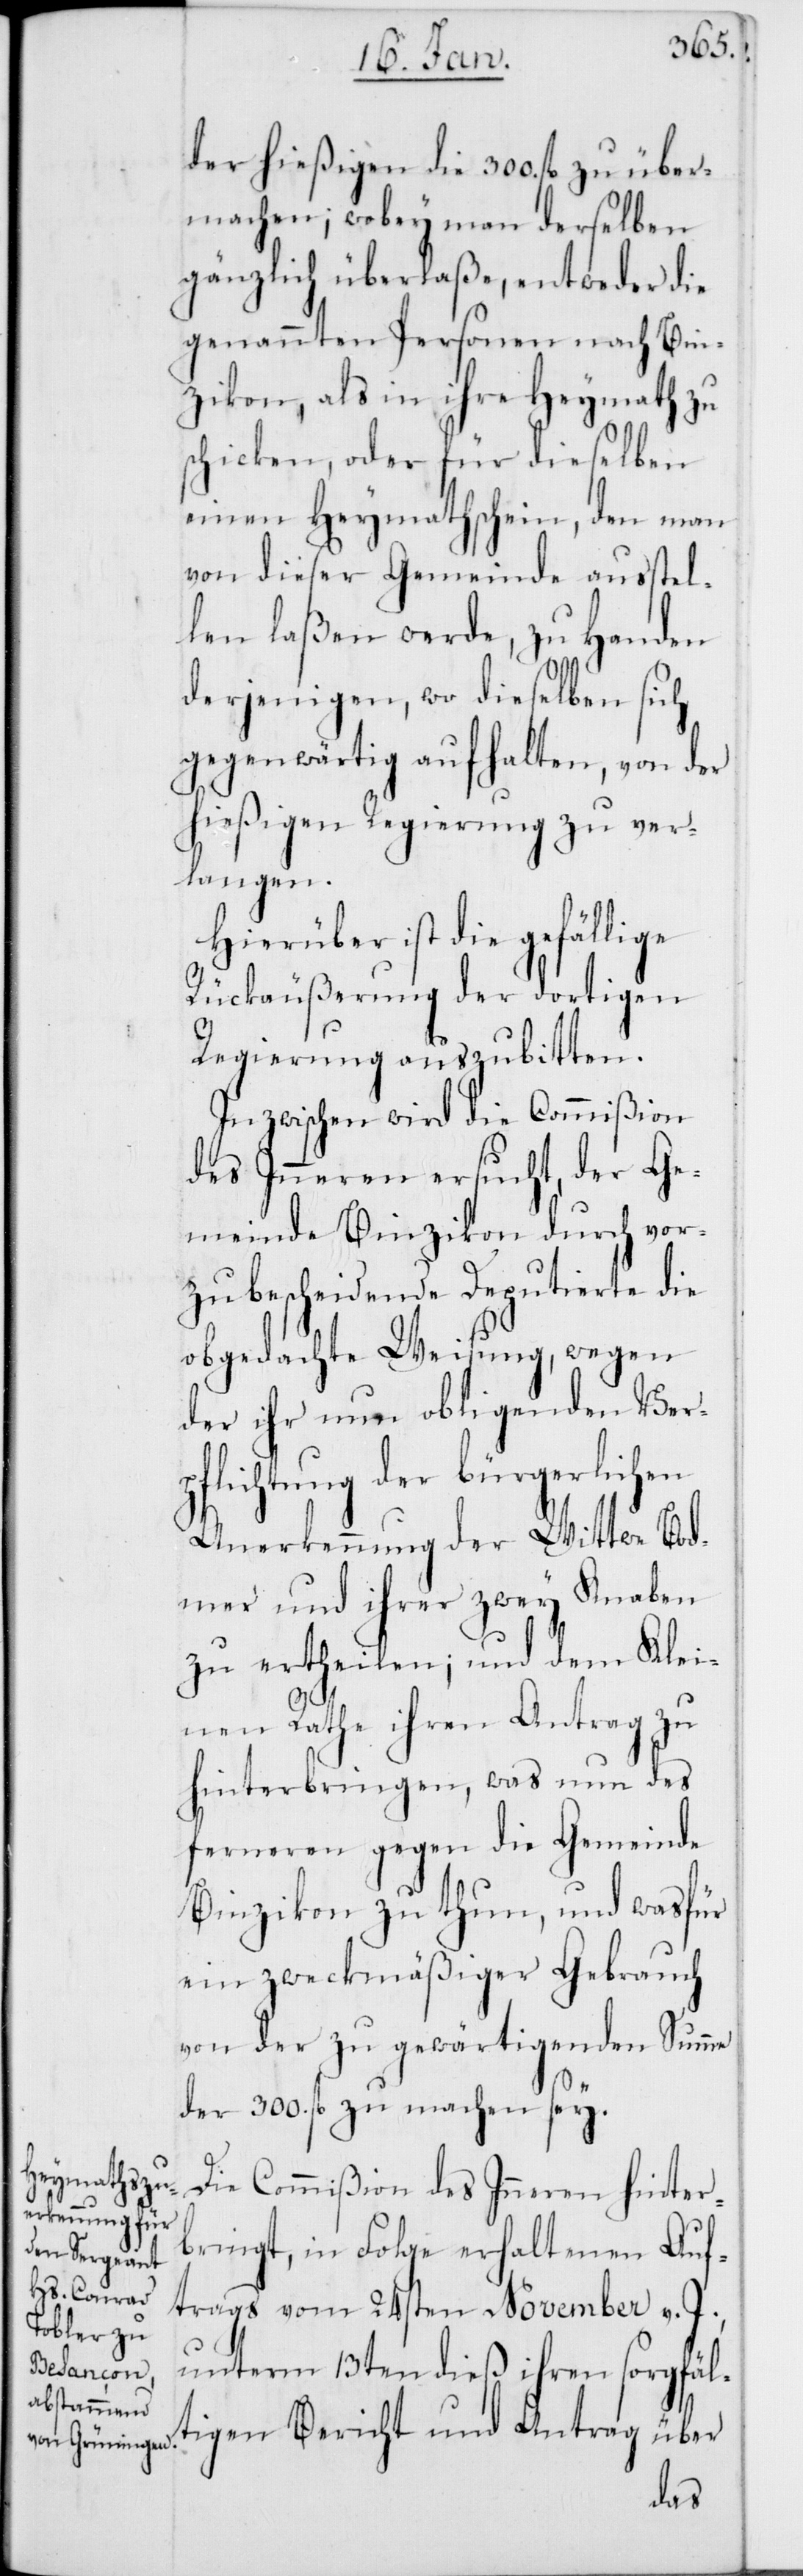
der hießigen die 300. fl. zu über¬
machen; wobey man derselben
gänzlich überlaße, entweder die
genannten Personen nach Bin¬
zikon, als in ihre Heymath zu
schicken, oder für dieselben
einen Heymathschein, den man
von dieser Gemeinde ausstel¬
len laßen werde, zu Handen
derjenigen, wo dieselben sich
gegenwärtig aufhalten, von der
hießigen Regierung zu ver¬
langen.
Hierüber ist die gefällige
Rückäußerung der dortigen
Regierung auszubitten.
Inzwischen wird die Commißion
des Inneren ersucht, der Ge¬
meinde Binzikon durch vor¬
zubescheidende Deputierte die
obgedachte Weisung, wegen
der ihr nun obligenden Verp¬
flichtung der bürgerlichen
Anerkennung der Wittwe Bod¬
mer und ihrer zwey Knaben
zu ertheilen; und dem Klei¬
nen Rathe ihren Antrag zu
hinterbringen, was nun des
ferneren gegen die Gemeinde
Binzikon zu thun, und was für
ein zweckmäßiger Gebrauch
von der zu gewärtigenden Summe
der 300. fl. zu machen sey.
Die Commißion des Inneren hinter¬
bringt, in Folge erhaltenen Auf¬
trags vom 24sten November v. J.
unterm 13ten dieß ihren sorgfäl¬
tigen Bericht und Antrag über